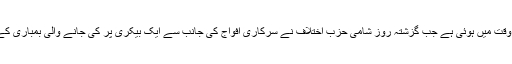
دونوں رہنمائوں کے درمیان یہ ملاقات ایک ایسے وقت میں ہوئی ہے جب گزشتہ روز شامی حزبِ اختلاف نے سرکاری افواج کی جانب سے ایک بیکری پر کی جانے والی بمباری کے نتیجے میں 60 افراد کی ہلاکت کا دعویٰ کیا تھا۔